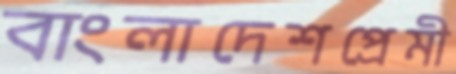
বাংলাদেশপ্রেমী